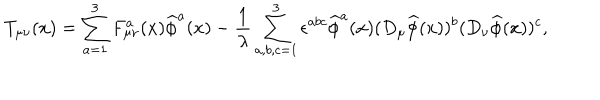
T _ { \mu \nu } ( x ) = \sum _ { a = 1 } ^ { 3 } F _ { \mu \nu } ^ { a } ( x ) \widehat { \phi } ^ { a } ( x ) - \frac { 1 } { \lambda } \sum _ { a , b , c = 1 } ^ { 3 } \epsilon ^ { a b c } \widehat { \phi } ^ { a } ( x ) ( D _ { \mu } \widehat { \phi } ( x ) ) ^ { b } ( D _ { \nu } \widehat { \phi } ( x ) ) ^ { c } ,